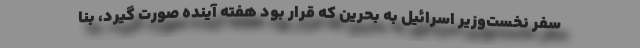
سفر نخست‌وزیر اسرائیل به بحرین که قرار بود هفته آینده صورت گیرد، بنا